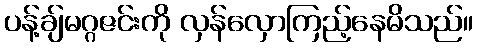
ပန့်ချ်မဂ္ဂဇင်းကို လှန်လှောကြည့်နေမိသည်။